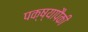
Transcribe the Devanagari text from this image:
पक्ष्यापैकी